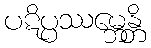
ပဋိပ္ပဿမ္ဘေန္တိ